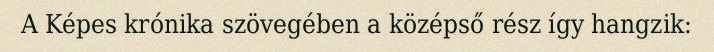
A Képes krónika szövegében a középső rész így hangzik: